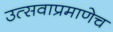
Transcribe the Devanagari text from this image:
उत्सवाप्रमाणेच